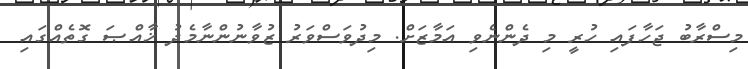
މިސްރާބު ޖަހާފައި ހުރީ މި ދެންނެވި އަމާޒަށް. މިދުވަސްވަރު ޒުވާނުންނާމެދު ޚާއްޞަ ގޮތެއްގައި